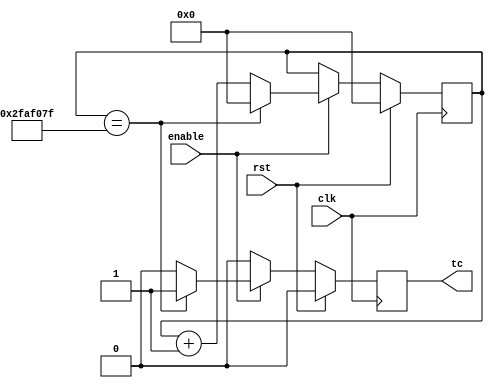
/* module */

module counter #(
    parameter MODULE = 50000000
)(
    input   clk,
    input   rst,
    input   enable,
    output  tc
);
    localparam WIDTH = $clog2(MODULE);

    /* Counter register */
    reg [WIDTH-1:0] count;
    reg tc2;
    assign tc=tc2;

    /* always */
    always @ (posedge clk) begin
        tc2 <= 1'b0;

        if (rst == 1'b1)
            count <=0;
        else if ( enable == 1'b1 ) begin
            count <= count + 1;
            if ( count == MODULE-1 ) begin
                count <= 0;
                tc2 <= 1'b1;
            end
        end
    end

endmodule